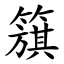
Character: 簱